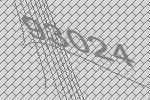
93024